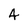
Character: 4